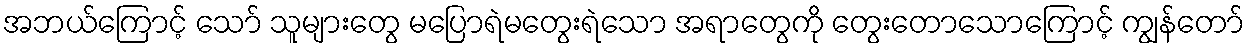
အဘယ်ကြောင့် သော် သူများတွေ မပြောရဲမတွေးရဲသော အရာတွေကို တွေးတောသောကြောင့် ကျွန်တော်